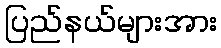
ပြည်နယ်များအား